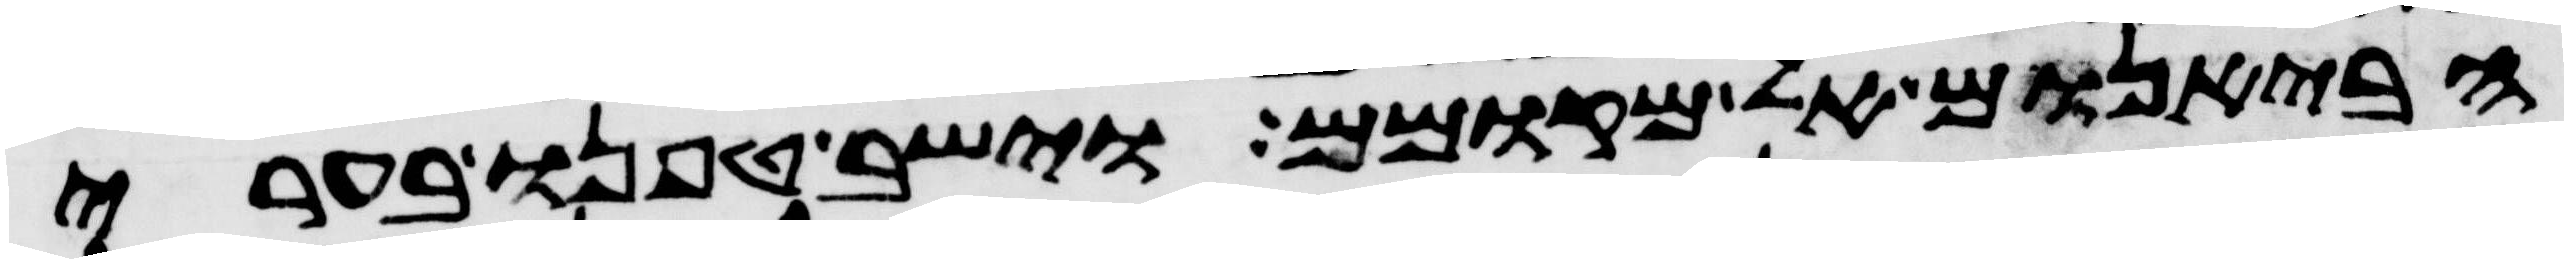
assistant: הבאנום אל מקומם וישב טפנו בערי